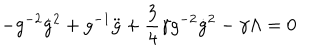
LaTeX: - g ^ { - 2 } \dot { g } ^ { 2 } + g ^ { - 1 } \ddot { g } + \frac { 3 } { 4 } \gamma g ^ { - 2 } \dot { g } ^ { 2 } - \gamma \Lambda = 0